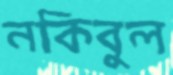
নকিবুল